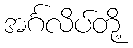
အင်္ဂလိပ်တို့